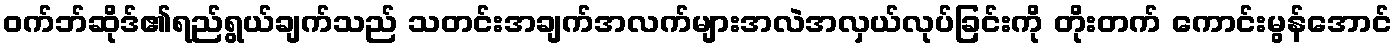
ဝက်ဘ်ဆိုဒ်၏ရည်ရွယ်ချက်သည် သတင်းအချက်အလက်များအလဲအလှယ်လုပ်ခြင်းကို တိုးတက် ကောင်းမွန်အောင်